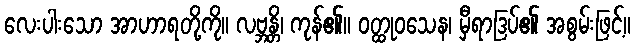
လေးပါးသော အာဟာရတို့ကို။ လဗ္ဘန္တိ၊ ကုန်၏။ ဝတ္ထုဝသေန၊ မှီရာဒြပ်၏ အစွမ်းဖြင့်။